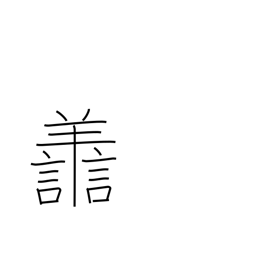
Meaning: virtuous